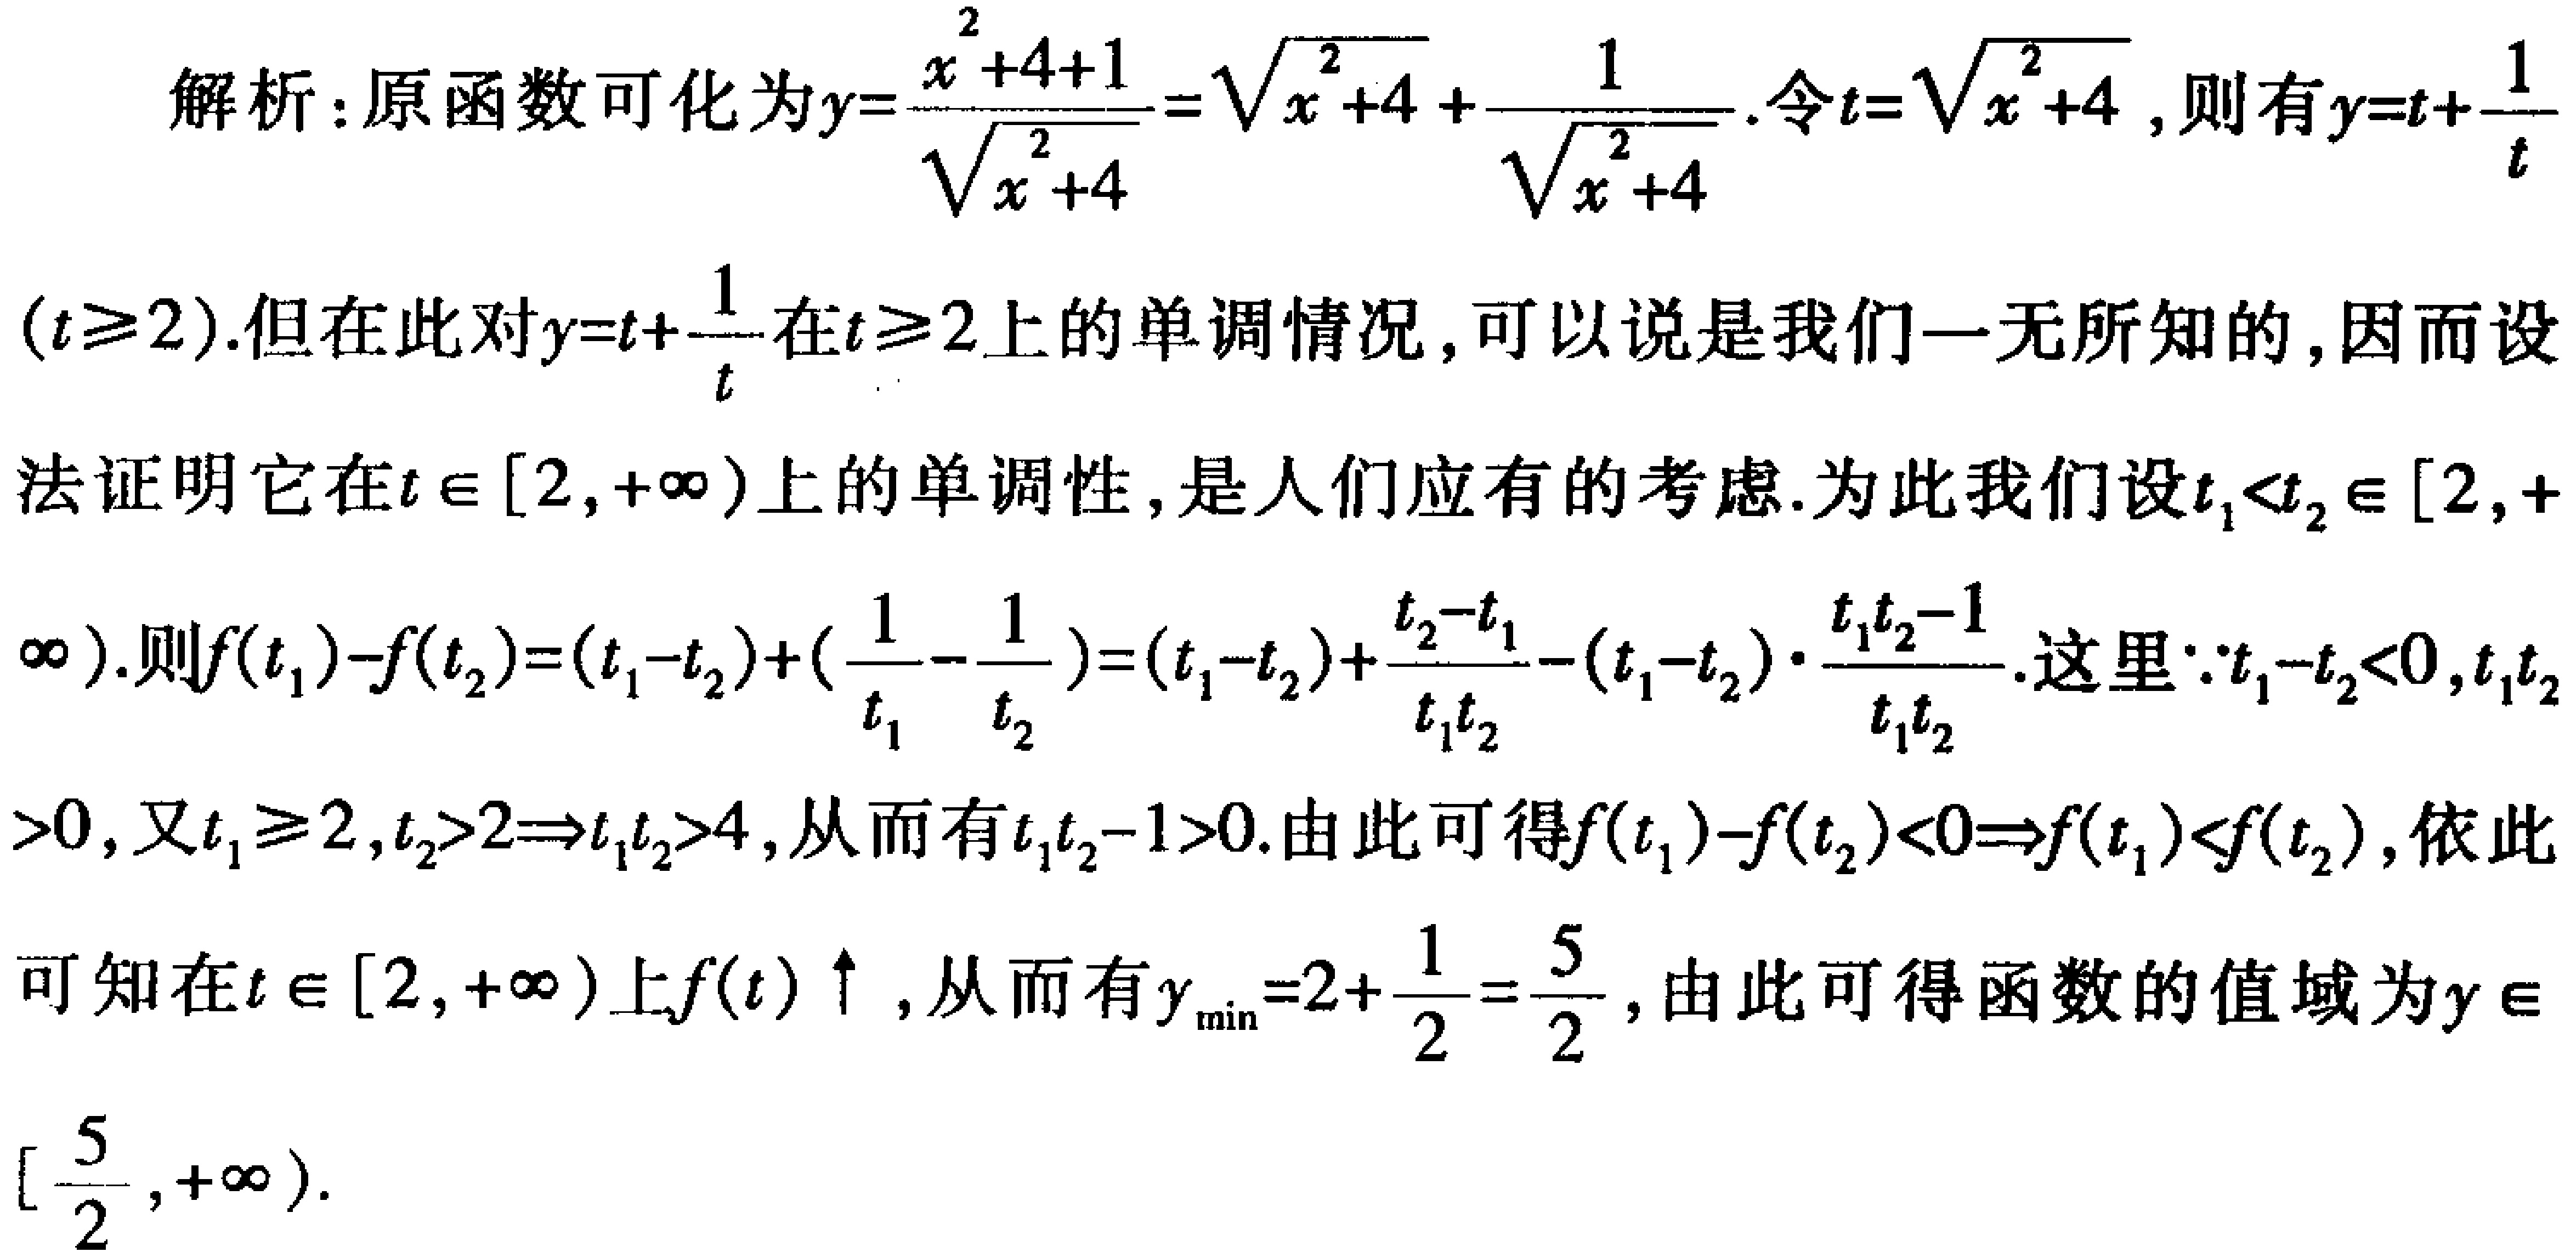
解析：原函数可化为\(y = \frac{x^{2}+4 + 1}{\sqrt{x^{2}+4}}=\sqrt{x^{2}+4}+\frac{1}{\sqrt{x^{2}+4}}\)。令\(t = \sqrt{x^{2}+4}\)，则有\(y = t+\frac{1}{t}\)
\((t\geq2)\)。但在此对\(y = t+\frac{1}{t}\)在\(t\geq2\)上的单调情况，可以说是我们一无所知的，因而设
法证明它在\(t\in[2,+\infty)\)上的单调性，是人们应有的考虑。为此我们设\(t_{1}<t_{2}\in[2,+\)
\(\infty)\)。则\(f(t_{1}) - f(t_{2})=(t_{1}-t_{2})+(\frac{1}{t_{1}}-\frac{1}{t_{2}})=(t_{1}-t_{2})+\frac{t_{2}-t_{1}}{t_{1}t_{2}}=(t_{1}-t_{2})\cdot\frac{t_{1}t_{2}-1}{t_{1}t_{2}}\)。这里\(\because t_{1}-t_{2}<0,t_{1}t_{2}\)
\(>0\)，又\(t_{1}\geq2,t_{2}>2\Rightarrow t_{1}t_{2}>4\)，从而有\(t_{1}t_{2}-1>0\)。由此可得\(f(t_{1}) - f(t_{2})<0\Rightarrow f(t_{1})<f(t_{2})\)，依此
可知在\(t\in[2,+\infty)\)上\(f(t)\uparrow\)，从而有\(y_{\min}=2+\frac{1}{2}=\frac{5}{2}\)，由此可得函数的值域为\(y\in\)
\([\frac{5}{2},+\infty)\)。